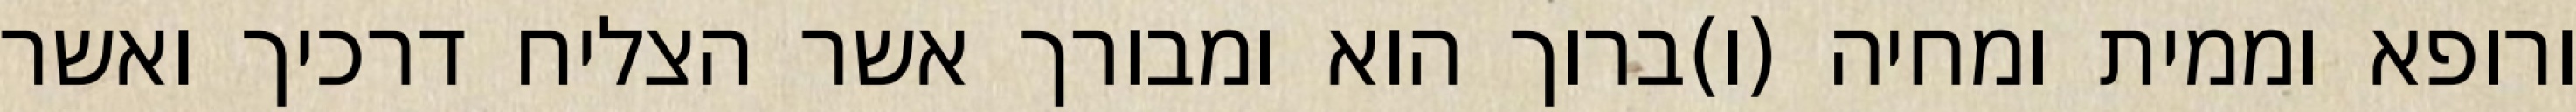
ורופא וממית ומחיה (ו)ברוך הוא ומבורך אשר הצליח דרכיך ואשר